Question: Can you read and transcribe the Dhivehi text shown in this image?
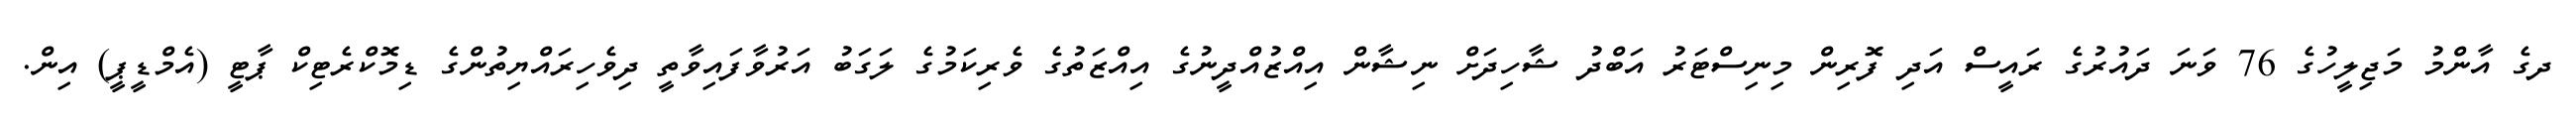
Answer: ދގެ އާންމު މަޖިލީހުގެ 76 ވަނަ ދައުރުގެ ރައީސް އަދި ފޮރިން މިނިސްޓަރު އަބްދު ޝާހިދަށް ނިޝާން އިއްޒުއްދީނުގެ އިއްޒަތުގެ ވެރިކަމުގެ ލަގަބު އަރުވާފައިވާތީ ދިވެހިރައްޔިތުންގެ ޑިމޮކްރެޓިކް ޕާޓީ (އެމްޑީޕީ) އިން.